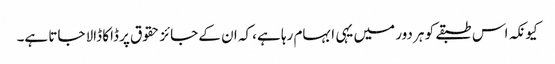
کیونکہ اس طبقے کو ہر دور میں یہی ابہام رہا ہے، کہ ان کے جائز حقوق پر ڈاکا ڈالا جاتا ہے۔